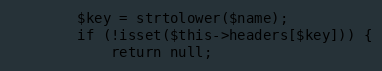
Language: PHP
        $key = strtolower($name);
        if (!isset($this->headers[$key])) {
            return null;